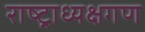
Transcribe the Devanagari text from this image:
राष्ट्राध्यक्षगण